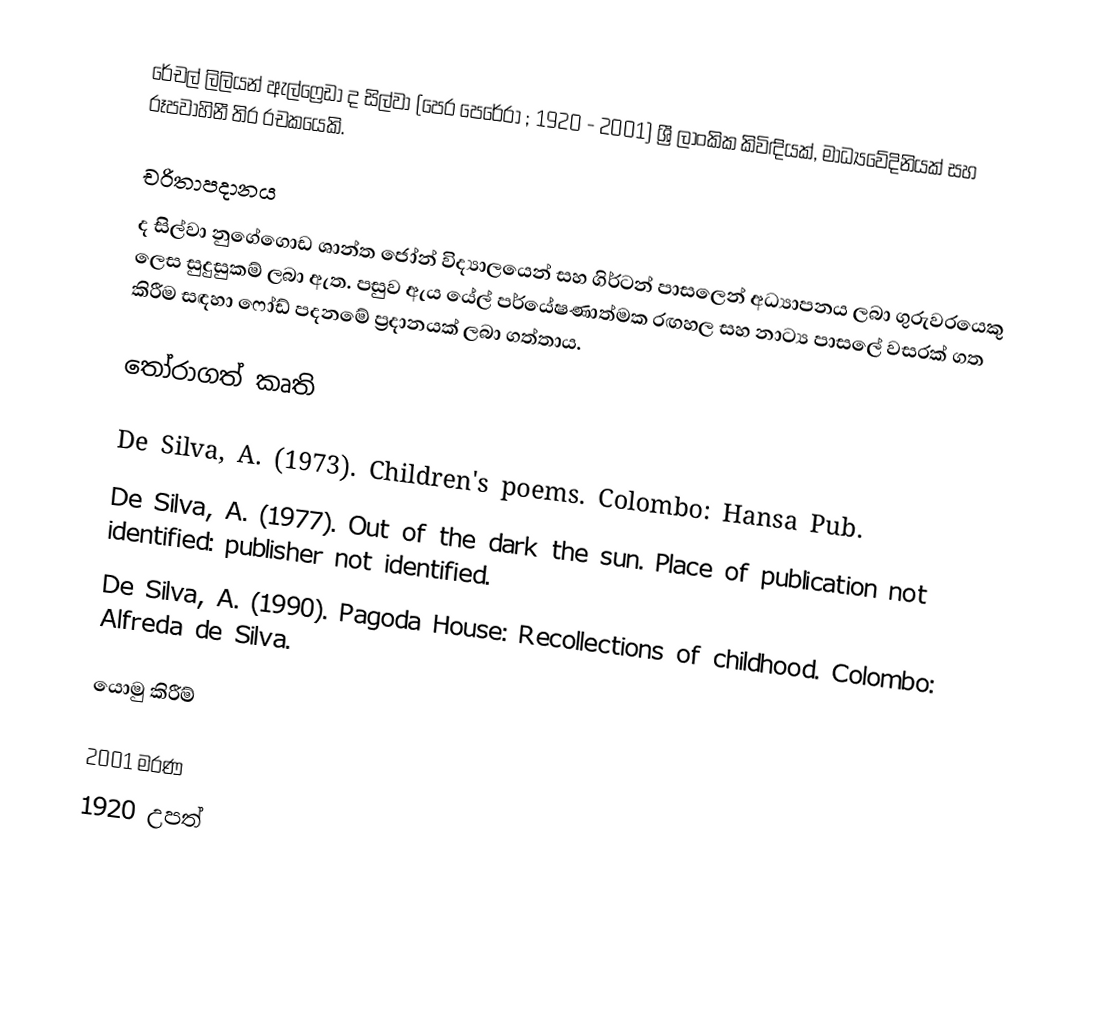
රේචල් ලිලියන් ඇල්ෆ්‍රෙඩා ද සිල්වා (පෙර පෙරේරා ; 1920 - 2001) ශ්‍රී ලාංකික කිවිඳියක්, මාධ්‍යවේදිනියක් සහ රූපවාහිනී තිර රචකයෙකි.

චරිතාපදානය
ද සිල්වා නුගේගොඩ ශාන්ත ජෝන් විද්‍යාලයෙන් සහ ගිර්ටන් පාසලෙන් අධ්‍යාපනය ලබා ගුරුවරයෙකු ලෙස සුදුසුකම් ලබා ඇත. පසුව ඇය යේල් පර්යේෂණාත්මක රඟහල සහ නාට්‍ය පාසලේ වසරක් ගත කිරීම සඳහා ෆෝඩ් පදනමේ ප්‍රදානයක් ලබා ගත්තාය.

තෝරාගත් කෘති

 De Silva, A. (1973). Children's poems. Colombo: Hansa Pub.
 De Silva, A. (1977). Out of the dark the sun. Place of publication not identified: publisher not identified.
 De Silva, A. (1990). Pagoda House: Recollections of childhood. Colombo: Alfreda de Silva.

යොමු කිරීම්

2001 මරණ
1920 උපත්